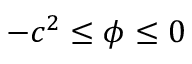
- c ^ { 2 } \leq \phi \leq 0